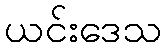
ယင်းဒေသ